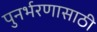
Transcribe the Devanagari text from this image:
पुनर्भरणासाठी